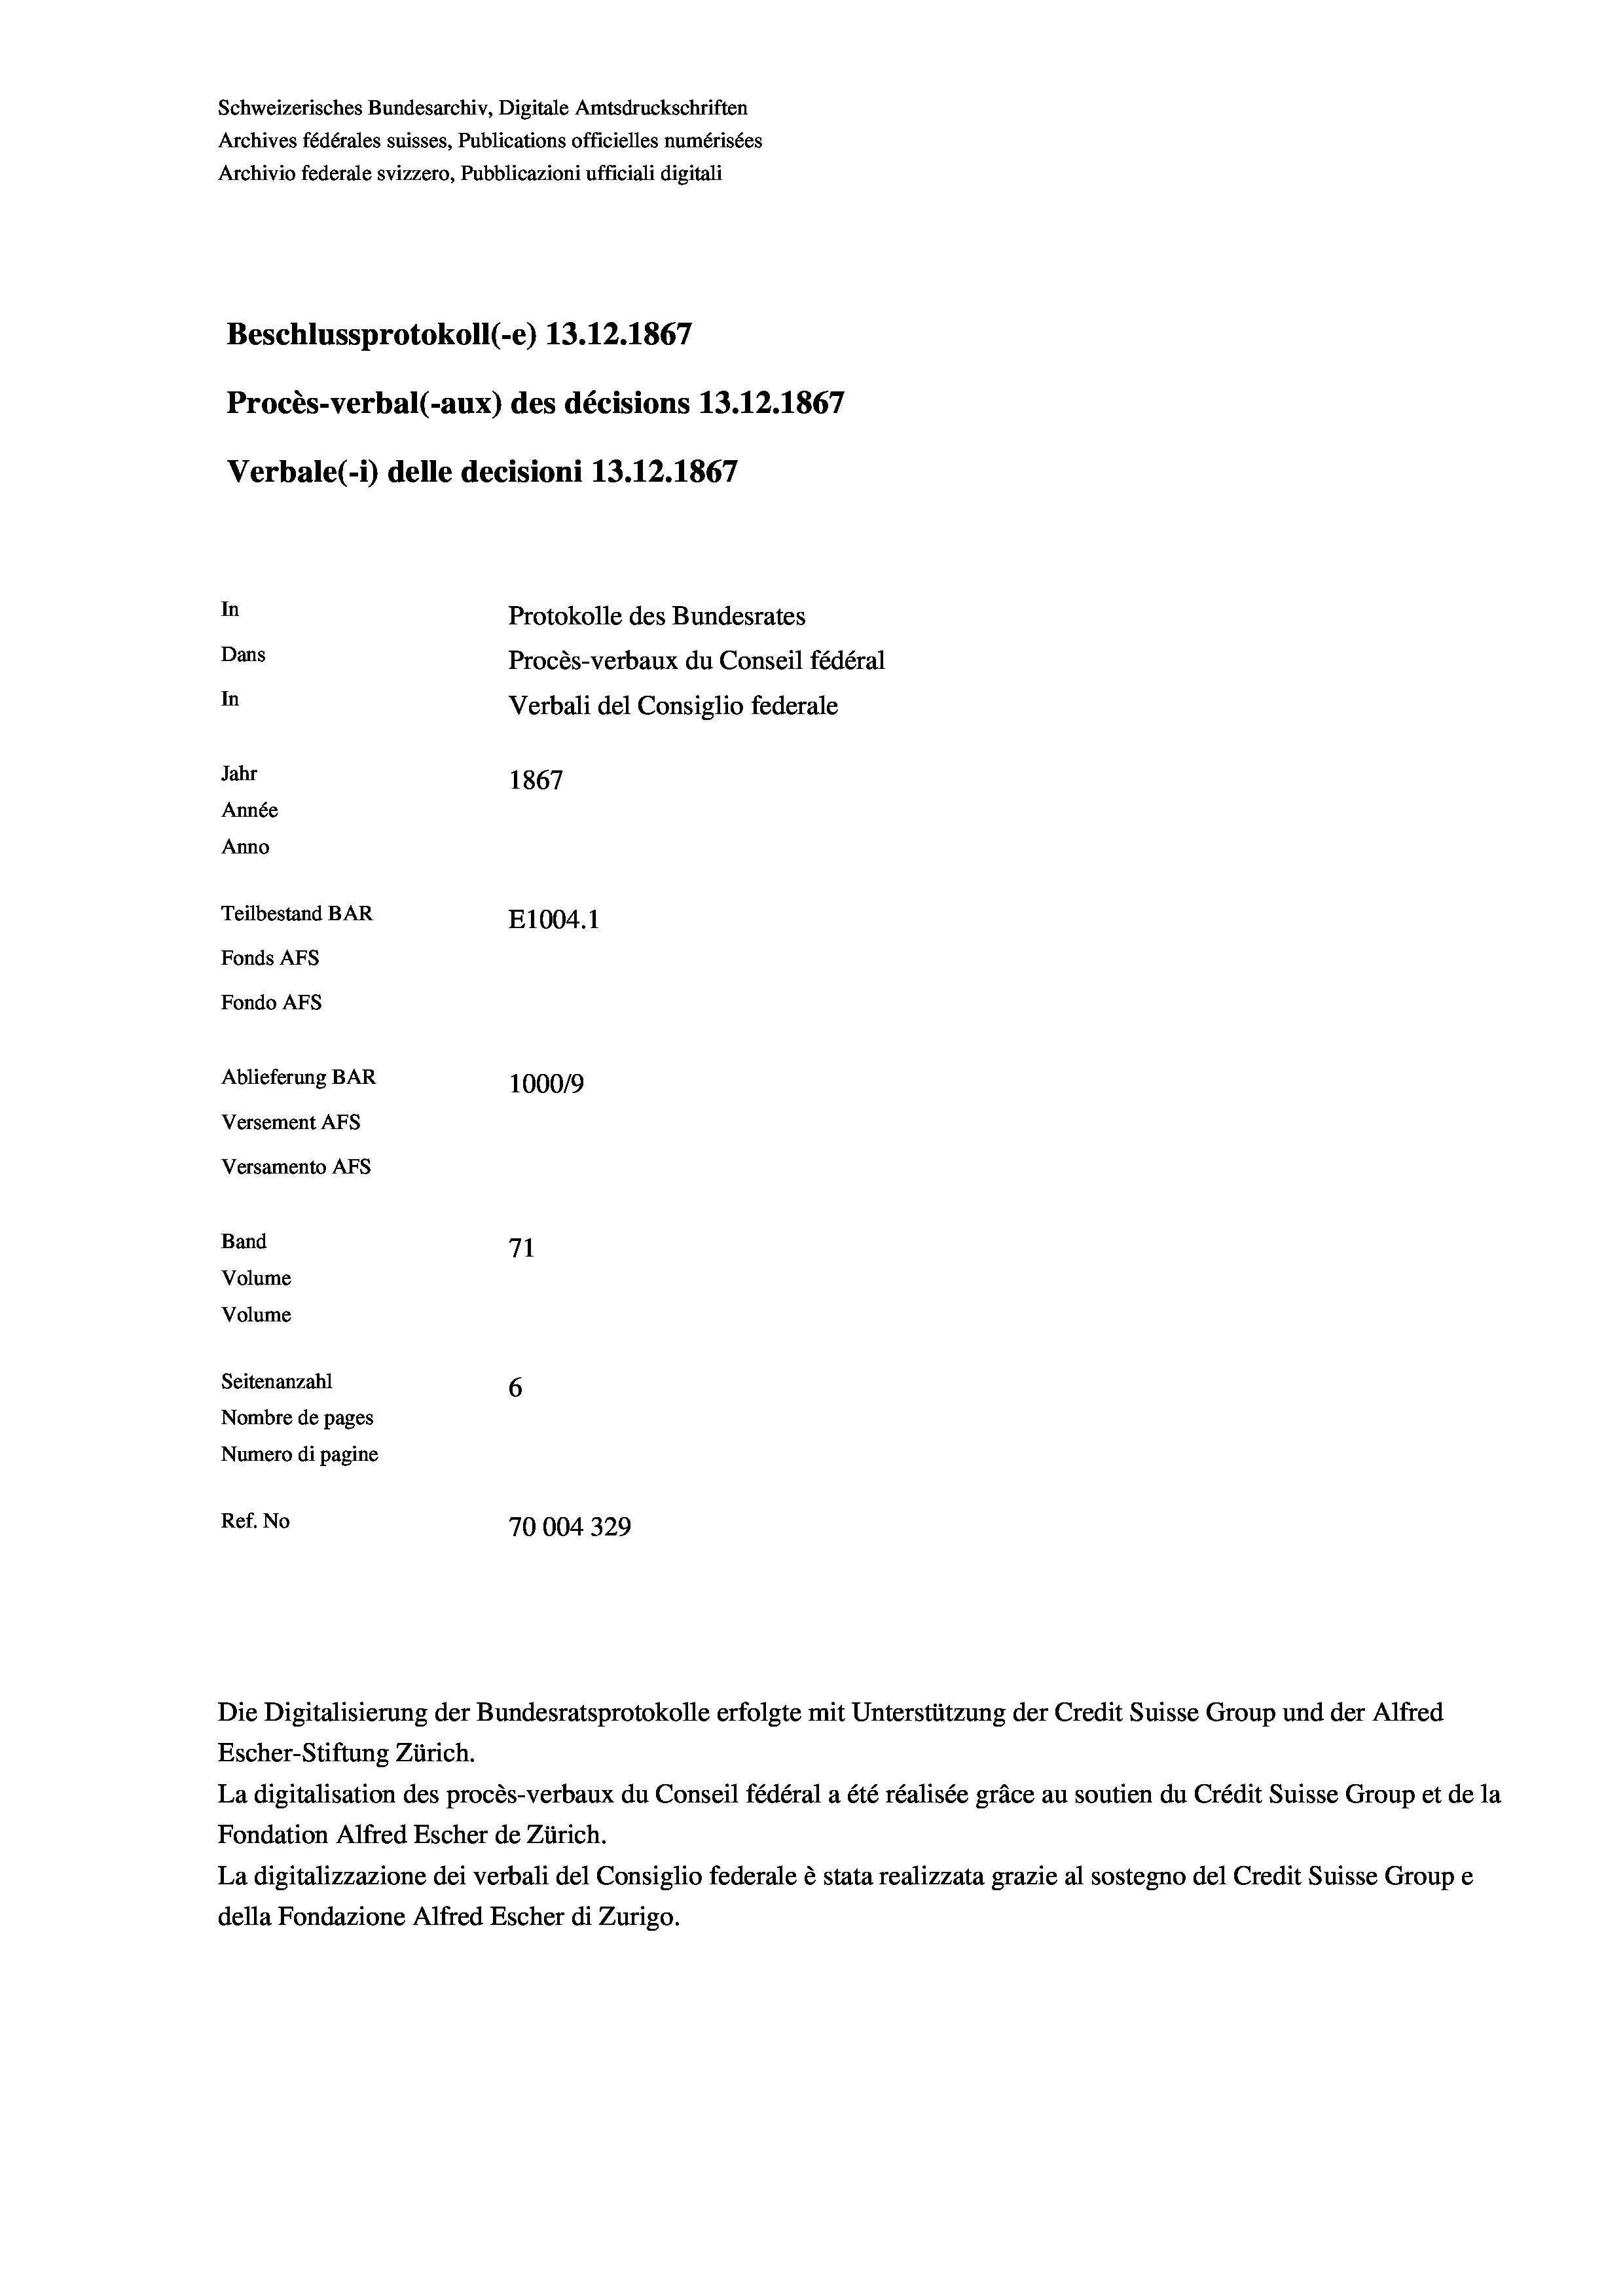
Schweizerisches Bundesarchiv, Digitale Amtsdruckschriften
Archives fédérales suisses, Publications officielles numérisées
Archivio federale svizzero, Pubblicazioni ufficiali digitali
Beschlussprotokoll (-e) 13.12.1867
Procès-verbal (-aux) des décisions 13.12.1867
Verbale (i) delle decisioni 13.12.1867
In
Protokolle des Bundesrates
Dans
Procès-verbaux du Conseil fédéral
In
Verbali del Consiglio federale
Jahr
1867
Année
Anno
Teilbestand BAR
E1004.1
Fonds Afs
Fondo AFs

Ablieferung BAR
Versement Abs
Versamento Afs
Band
Volume
Volume
Seitenanzahl

1000/9
71
6
Nombre de pages
Numero di pagine
Ref. No
70004329

Die Digitalisierung der Bundesratsprotokolle erfolgte mit Unterstützung der Credit Suisse Group und der Alfred
Escher-Stiftung Zürich.
La digitalisation des procès-verbaux du Conseil fédéral a été réalisée gräce au soutien du Crédit Suisse Group et de la
Fondation Alfred Escher de Zürich.
La digitalizzazione dei verbali del Consiglio federale è stata realizzata grazie al sostegno del Credit Suisse Groupe
della Fondazione Alfred Escher di Zurigo.